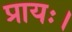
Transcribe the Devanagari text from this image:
प्रायः।